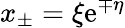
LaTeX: x_{\pm}=\xi\mathrm{e}^{\mp\eta}